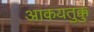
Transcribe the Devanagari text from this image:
आकयतुक्कु